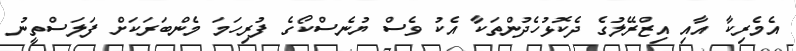
އެމެރިކާ އާއި އިޒްރޭލުގެ ދެކޮޅުހެދުންތަކާ އެކު ވެސް ޔުނެސްކޯގެ ފުރިހަމަ މެންބަރަކަށް ފަލަސްތީނު